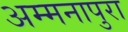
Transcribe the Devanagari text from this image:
अम्मनापुरा